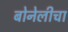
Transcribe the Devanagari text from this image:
बोनेलीचा